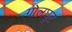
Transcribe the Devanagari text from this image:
गोलघुट